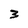
Character: 3